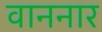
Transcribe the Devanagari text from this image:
वाननार